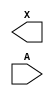
/**
 * Copyright 2020 The SkyWater PDK Authors
 *
 * Licensed under the Apache License, Version 2.0 (the "License");
 * you may not use this file except in compliance with the License.
 * You may obtain a copy of the License at
 *
 *     https://www.apache.org/licenses/LICENSE-2.0
 *
 * Unless required by applicable law or agreed to in writing, software
 * distributed under the License is distributed on an "AS IS" BASIS,
 * WITHOUT WARRANTIES OR CONDITIONS OF ANY KIND, either express or implied.
 * See the License for the specific language governing permissions and
 * limitations under the License.
 *
 * SPDX-License-Identifier: Apache-2.0
 */

`ifndef SKY130_FD_SC_HVL__LSBUFHV2HV_LH_BLACKBOX_V
`define SKY130_FD_SC_HVL__LSBUFHV2HV_LH_BLACKBOX_V

/**
 * lsbufhv2hv_lh: Level shifting buffer, High Voltage to High Voltage,
 *                Lower Voltage to Higher Voltage.
 *
 * Verilog stub definition (black box without power pins).
 *
 * WARNING: This file is autogenerated, do not modify directly!
 */

`timescale 1ns / 1ps
`default_nettype none

(* blackbox *)
module sky130_fd_sc_hvl__lsbufhv2hv_lh (
    X,
    A
);

    output X;
    input  A;

    // Voltage supply signals
    supply1 VPWR    ;
    supply0 VGND    ;
    supply1 LOWHVPWR;
    supply1 VPB     ;
    supply0 VNB     ;

endmodule

`default_nettype wire
`endif  // SKY130_FD_SC_HVL__LSBUFHV2HV_LH_BLACKBOX_V